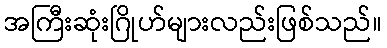
အကြီးဆုံးဂြိုဟ်များလည်းဖြစ်သည်။